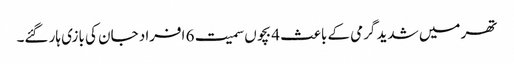
تھر میں شدید گرمی کے باعث 4 بچوں سمیت 6 افراد جان کی بازی ہار گئے۔